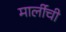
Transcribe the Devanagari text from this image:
मार्लीची